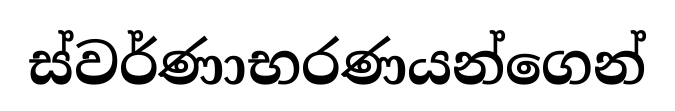
ස්වර්ණාභරණයන්ගෙන්